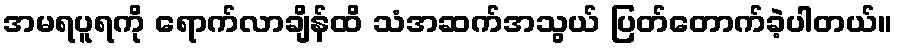
အမရပူရကို ရောက်လာချိန်ထိ သံအဆက်အသွယ် ပြတ်တောက်ခဲ့ပါတယ်။